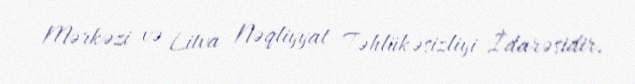
Mərkəzi və Litva Nəqliyyat Təhlükəsizliyi İdarəsidir.